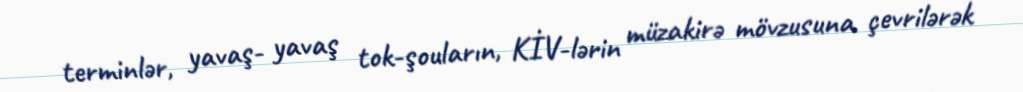
terminlər, yavaş- yavaş tok-şouların, KİV-lərin müzakirə mövzusuna çevrilərək